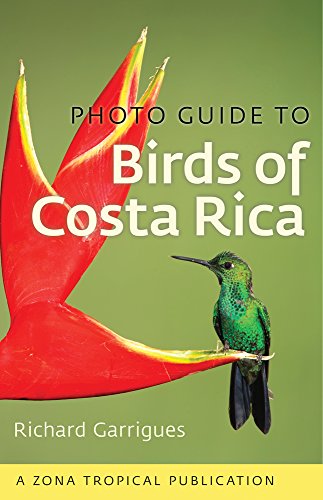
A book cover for Photo Guide to Birds of Costa Rica (Zona Tropical Publications); Richard Garrigues; Sports & Outdoors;